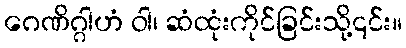
ဂေဏိဂ္ဂါဟံ ဝါ၊ ဆံထုံးကိုင်ခြင်းသို့၎င်း။